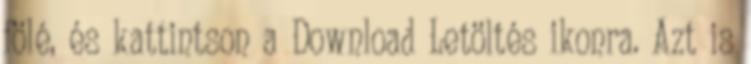
fölé, és kattintson a Download Letöltés ikonra. Azt is